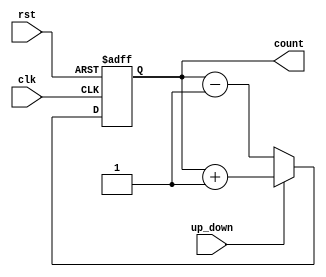
module ChainedParallelCounter(
    input wire clk,       // Clock signal
    input wire rst,       // Asynchronous reset signal
    input wire up_down,   // Counting mode: 1 for up, 0 for down
    output reg [3:0] count // 4-bit counter output
);

// Asynchronous reset on the next clock edge
always @(posedge clk or posedge rst) begin
    if (rst) begin
        count <= 4'b0000; // Reset count to zero
    end else begin
        if (up_down) begin
            count <= count + 1; // Increment count
        end else begin
            count <= count - 1; // Decrement count
        end
    end
end

endmodule